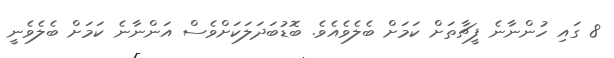
8 ގައި ހުންނާނެ ފީޗާތަށް ކަމަށް ބެލެވެއެވެ. ބޮޑުބަދަަލަކަށްވެސް އަންނާނެ ކަމަށް ބެލެވެނީ